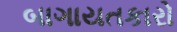
બાગાયતકારો